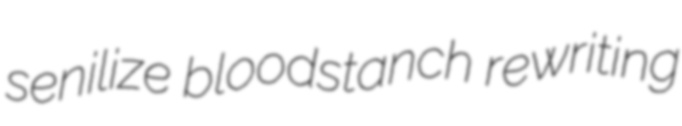
senilize bloodstanch rewriting